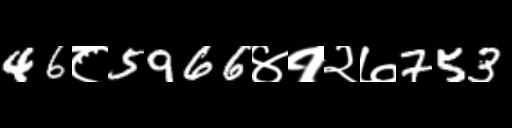
Text: 46८5966४१२७753